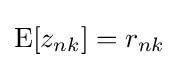
\operatorname {E} [z_{nk}]=r_{nk}